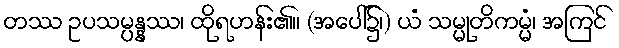
တဿ ဥပသမ္ပန္နဿ၊ ထိုရဟန်း၏။ (အပေါ်၌၊) ယံ သမ္မုတိကမ္မံ၊ အကြင်